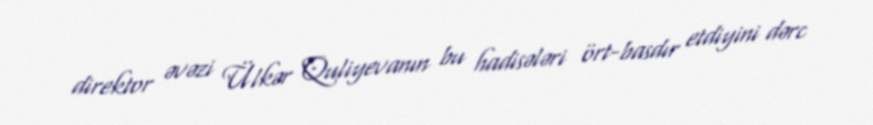
direktor əvəzi Ülkər Quliyevanın bu hadisələri ört-basdır etdiyini dərc